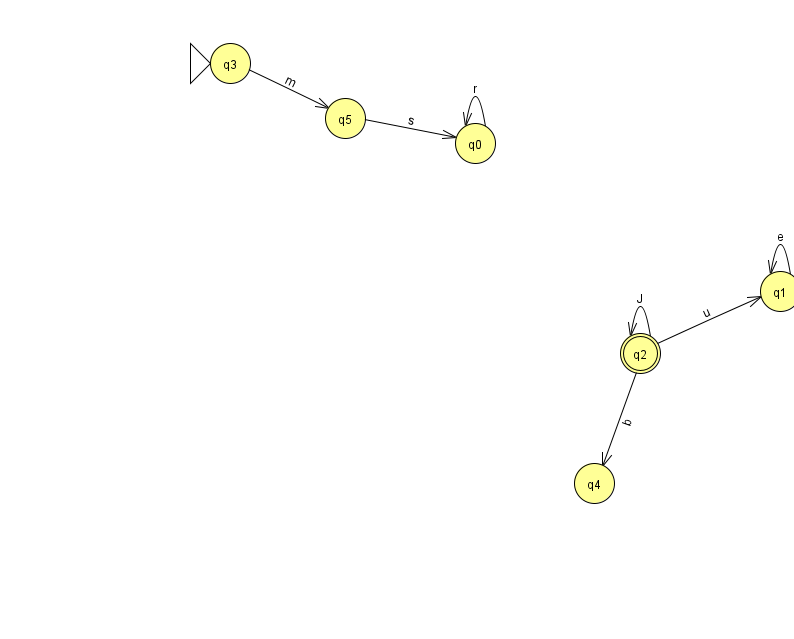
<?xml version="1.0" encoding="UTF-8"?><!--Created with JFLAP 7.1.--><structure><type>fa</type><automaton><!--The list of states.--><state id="0" name="q0"><x>475.0</x><y>130.0</y></state><state id="1" name="q1"><x>780.0</x><y>278.0</y></state><state id="2" name="q2"><x>640.0</x><y>340.0</y><final/></state><state id="3" name="q3"><x>230.0</x><y>50.0</y><initial/></state><state id="4" name="q4"><x>594.0</x><y>470.0</y></state><state id="5" name="q5"><x>345.0</x><y>105.0</y></state><!--The list of transitions.--><transition><from>0</from><to>0</to><read>r</read></transition><transition><from>5</from><to>0</to><read>s</read></transition><transition><from>1</from><to>1</to><read>e</read></transition><transition><from>2</from><to>2</to><read>J</read></transition><transition><from>3</from><to>5</to><read>m</read></transition><transition><from>2</from><to>4</to><read>b</read></transition><transition><from>2</from><to>1</to><read>u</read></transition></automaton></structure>